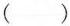
()